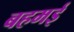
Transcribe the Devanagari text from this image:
बहमई